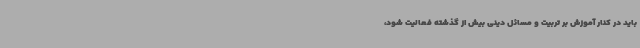
باید در کنار آموزش بر تربیت و مسائل دینی بیش از گذشته فعالیت شود،